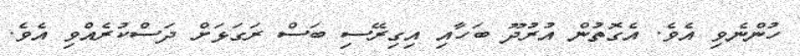
ހުންނެވި އެވެ. އެގޮތުން އުރުދޫ ބަހާއި އިގިރޭސި ބަސް ރަގަޅަށް ދަސްކުރެއްވި އެވެ.